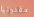
مقدونيا